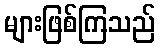
များဖြစ်ကြသည်